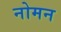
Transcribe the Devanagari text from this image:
नोमन